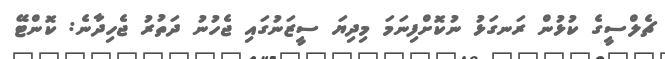
ޗެލްސީގެ ކުޅުން ރަނގަޅު ނުކޮށްފިނަމަ މިދިޔަ ސީޒަނުގައި ޖެހުނު ދަތުރު ޖެހިދާނެ: ކޮންޓޭ